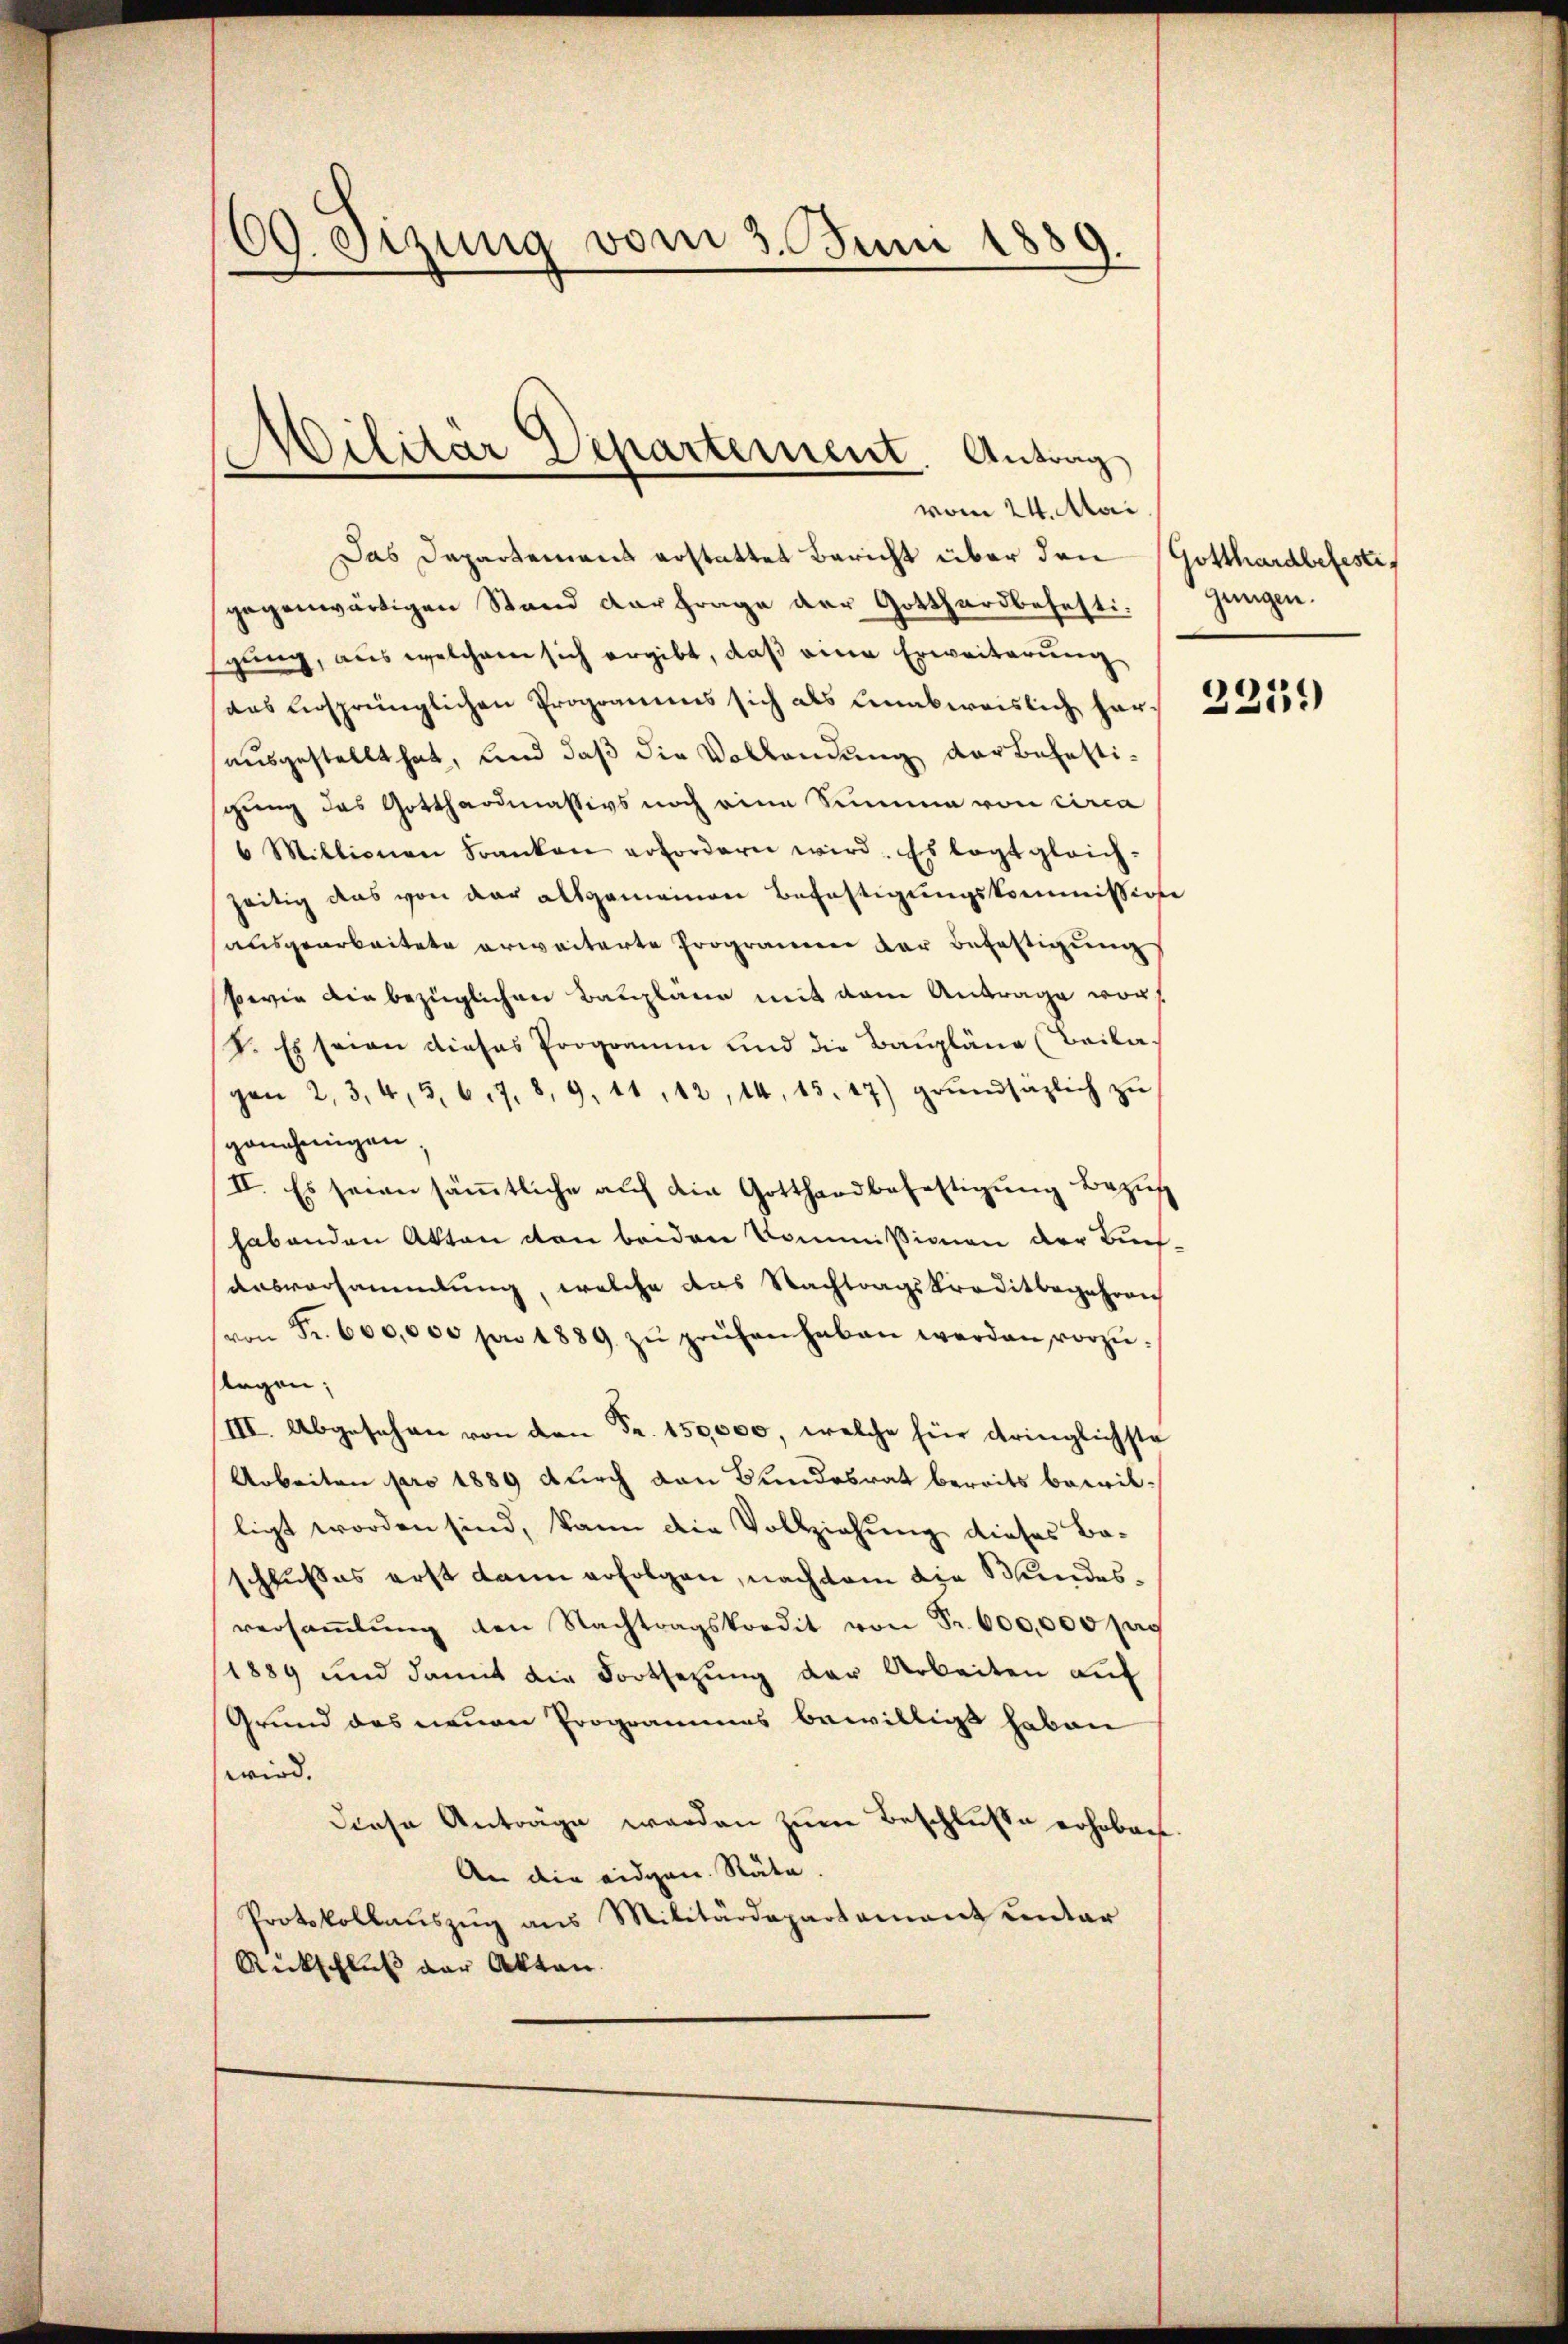
69. Etzung vom 3. Juni 1889.

vom 24. Mai
Das Departement erstattet Bericht über den
gegenwärtigen Stand dar frage der Gotthardbefestigung, aus welchem sich ergibt, daß eine Erweiterung
das Ansprünglichen Programms sich als unabweislich harausgestellt hat, und daß die Vollendung der Befestisgung des Gotthardmassivs noch eine Summen von circa
6 Millionen Franken erfordern wird. Es legt gleich-
zeitig das von der allgemeinen Befestigungskommission
ausgearbeitete erweiterte Programen der Befestigung
sowie die bezüglichen Baupläne mit dem Antrage vor
8. Es seien dieses Programm und die Baupläne (Beilagen 2, 3, 4, 5, 67. 8, 9, 11, 12, 14, 15. 17) grŭndsazlich zŭ
genehmigen,
II. Es seien sämmtliche auf die Gotthardbefettigung Bezug
habenden Akten von beiden Kommissionen der Buch
ausversammlung, welche das Nachtragskreditbegehren
von Fr. 600,000 pro 1889 zŭ prüfen haben werden vorzŭ-
lagen;
III. Abgesehen von den Fr. 150,000, welche für dringlichste
Arbeiten pro 1889 durch den Bundesrat bereits bereitligt worden sind, kann die Vollziehung dieses Baschlusses erst dann erfolgen, nachdem die Bundesversaṁlŭng den Nachtragskredit von Fr. 600,000 sag
1889 und damit die Fortsezung der Arbeiten auf
Grund des neuen Programmes bewilligt haben
wird.
diese Anträge werden zum Beschluße erhoben
An die eidgen. Räte.
Protokollaŭszŭg ans Militärdepartamant unter
Rückschluß der Akten.

Militär Departement. Antrag

Gotthardbefesti
gungen.
4

2209